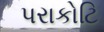
પરાકોટિ